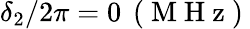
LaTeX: \delta_{2}/2\pi=0\, \mathrm{~(~M~H~z~)~}